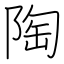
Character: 陶